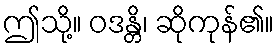
ဤသို့။ ဝဒန္တိ၊ ဆိုကုန်၏။